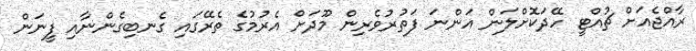
ރާއްޖެއަށް ޗުއްޓީ ހޭދަކޮށްލަން އަންނަ ފަތުރުވެރިން މޫދަށް އެރުމުގެ ތެރޭގައި ގެނބިގެންނާއި ފީނަން